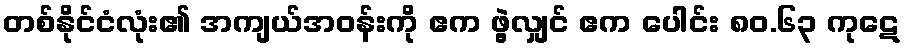
တစ်နိုင်ငံလုံး၏ အကျယ်အဝန်းကို ဧက ဖွဲ့လျှင် ဧက ပေါင်း ၈၀.၆၃ ကုဋေ